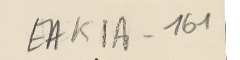
EAK1A - 161